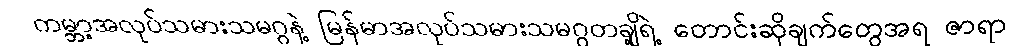
ကမ္ဘာ့အလုပ်သမားသမဂ္ဂနဲ့ မြန်မာအလုပ်သမားသမဂ္ဂတချို့ရဲ့ တောင်းဆိုချက်တွေအရ ဇာရာ